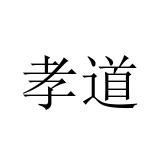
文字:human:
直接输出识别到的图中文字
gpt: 孝道